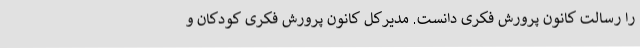
را رسالت‌ کانون پرورش فکری دانست. مدیرکل کانون پرورش فکری کودکان و